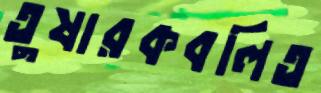
তুষারকবলিত